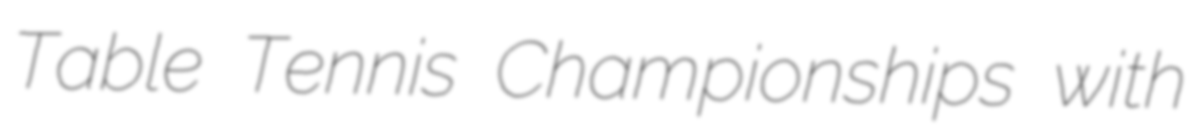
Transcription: Table Tennis Championships with